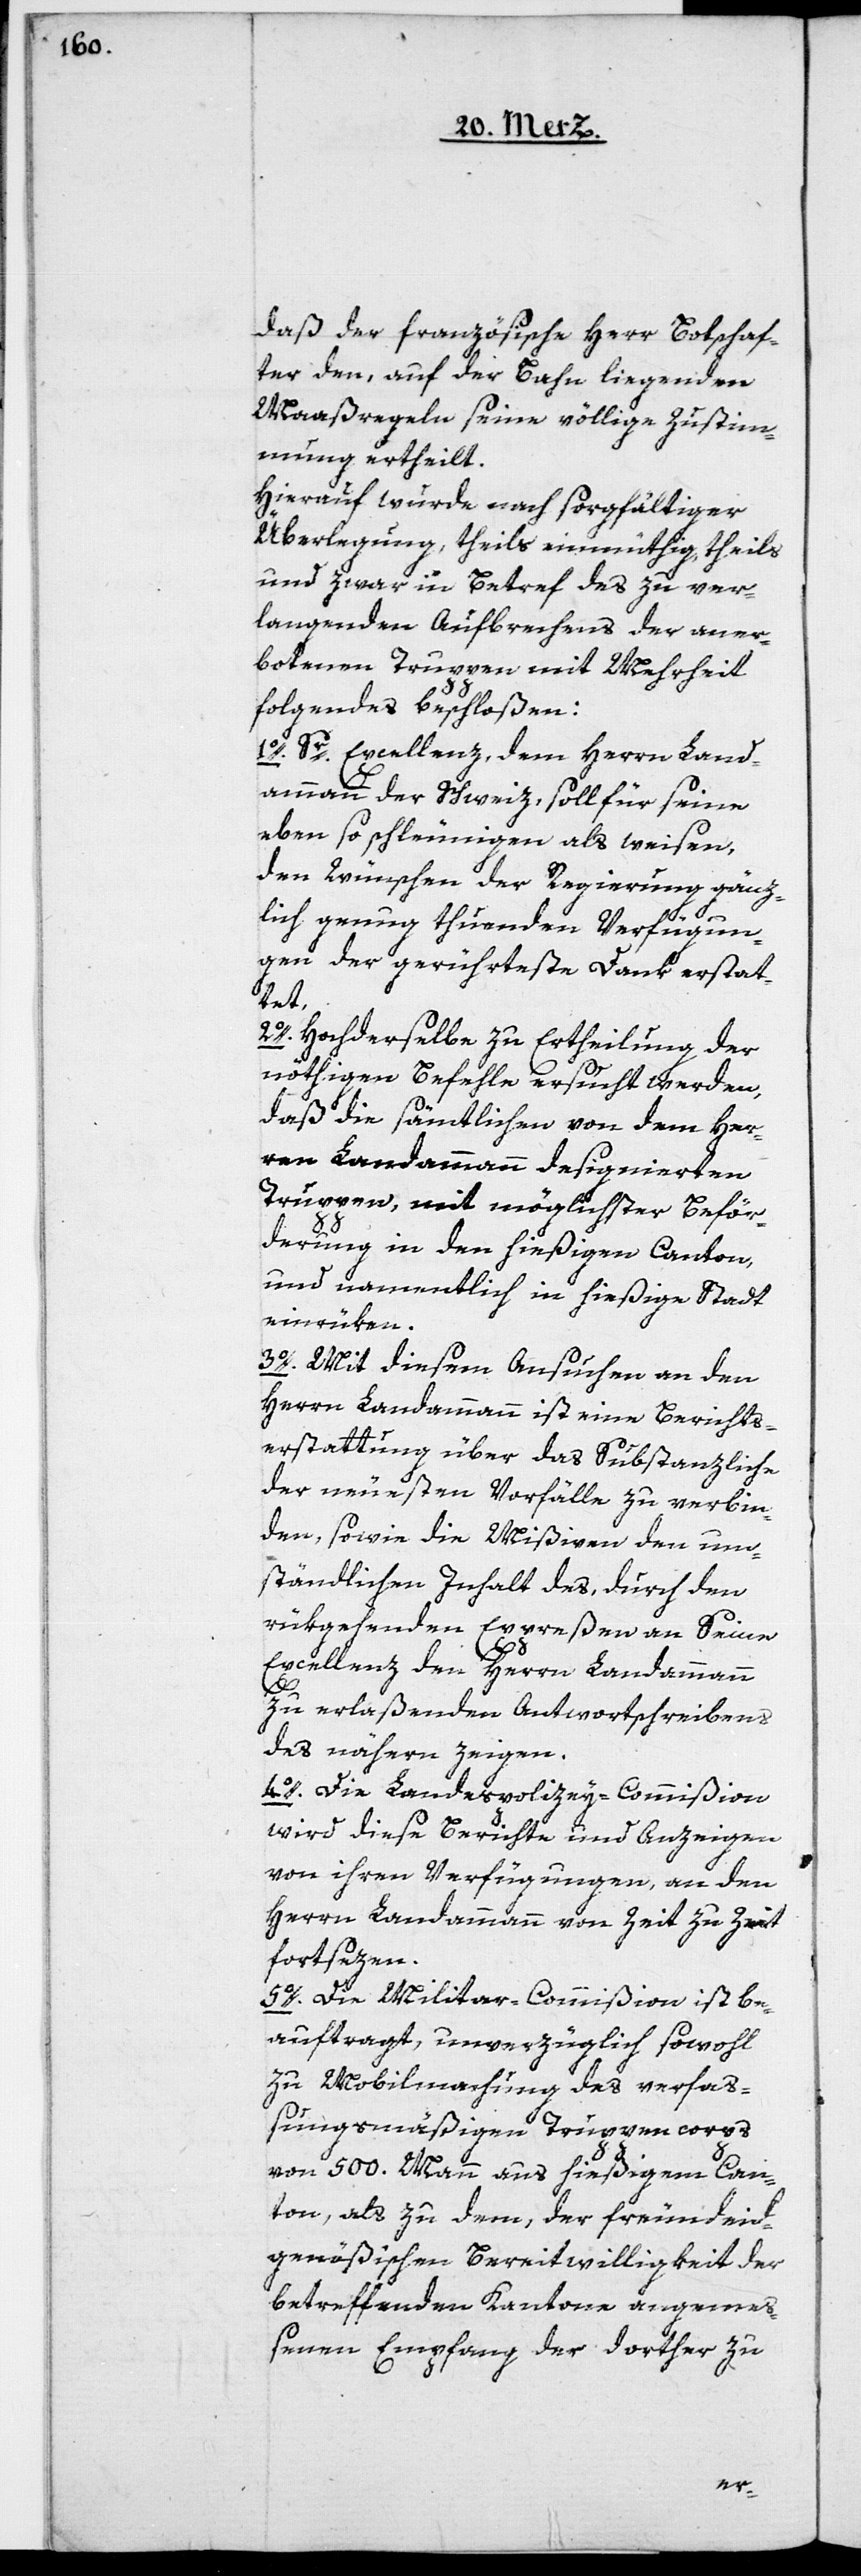
daß der französische Herr Botschaf¬
ter den, auf der Bahn liegenden
Maaßregeln seine völlige Zustim¬
mung ertheilt.
Hierauf wurde nach sorgfältiger
Überlegung, theils einmüthig, theils
und zwar in Betref des zu ver¬
langenden Aufbrechens der aner¬
botenen Truppen mit Mehrheit
Folgendes beschloßen:
1o. Sr Excellenz, dem Herrn Land¬
ammann der Schweiz, soll für seine
eben so schleunigen als weisen,
den Wünschen der Regierung gänz¬
lich genug thuenden Verfügun¬
gen der gerührteste Dank erstat¬
tet,
2o. Hochderselbe zu Ertheilung der
nöthigen Befehle ersucht werden,
daß die sämtlichen von dem Her¬
ren Landammann designierten
Truppen mit möglichster Beför¬
derung in den hießigen Canton,
und namentlich in die hießige Stadt
einrüken.
3o. Mit diesem Ansuchen an den
Herrn Landammann ist eine Berichts¬
erstattung über das Substanzliche
der neuesten Vorfälle zu verbin¬
den, sowie die Mißiven den um¬
ständlichen Inhalt des, durch den
rükgehenden Expreßen an Seine
Excellenz den Herrn Landammann
zu erlaßenden Antwortschreibens
des nähern zeigen.
4o. Die Landes-Polizey-Commißion
wird diese Berichte und Anzeigen
von ihren Verfügungen, an den
Herrn Landammann von Zeit zu Zeit
fortsezen.
5o. Die Militar-Commißion ist be¬
auftragt, unverzüglich sowohl
zu Mobilmachung des verfaß¬
ungsmäßigen Truppencorps
von 500. Mann aus hießigem Can¬
ton, als zu dem, der freundeid¬
genößischen Bereitwilligkeit der
betreffenden Kantone angeme¬
ßenen Empfang der dorther zu